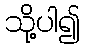
သို့ပါ၍